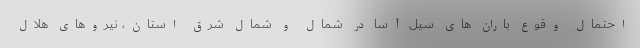
احتمال وقوع باران های سیل آسا در شمال و شمال شرق استان، نیروهای هلال